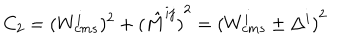
C _ { 2 } = ( { W _ { c m s } ^ { i } } ) ^ { 2 } + { ( \hat { M } ^ { i j } ) } ^ { 2 } = { ( W _ { c m s } ^ { i } \pm \Delta ^ { i } ) } ^ { 2 }